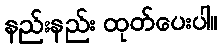
နည်းနည်း ထုတ်ပေးပါ။